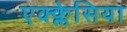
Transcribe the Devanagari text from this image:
एक्क्लेसिया